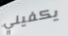
يكفيني